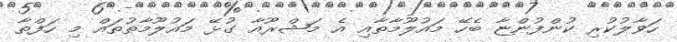
ހަވާލުކުރި ކުންފުންޏާ ބެހޭ މައުލޫމާތާއި އެ މަޝްރޫއާ ގުޅޭ މައުލޫމާތުތައް މި ހަފްތާ